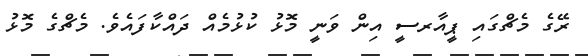
ރޭގެ މެޗްގައި ޕީއާރސީ އިން ވަނީ މޮޅު ކުޅުމެއް ދައްކާފައެވެ. މެޗްގެ މޮޅު